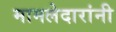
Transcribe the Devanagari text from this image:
मामलेदारांनी